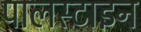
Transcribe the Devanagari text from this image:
पालस्टाइन